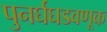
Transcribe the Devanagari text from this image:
पुनर्घघडवणूक